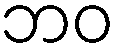
ဘဝ